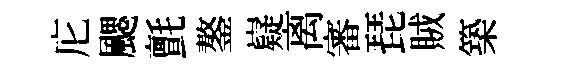
庀颸氈鏊嶷离審琵賊築